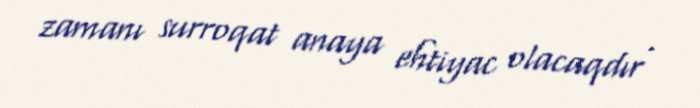
zamanı surroqat anaya ehtiyac olacaqdır .